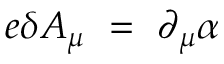
e \delta A _ { \mu } ~ = ~ \partial _ { \mu } \alpha